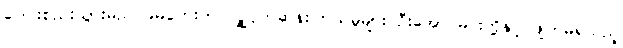
ပေါင်းစည်းသွားမည် ခမ်ဘေးက လျှို့ဝှက်ဆန်းကြယ်မှုများ ဦးအောင်မင်းတို့နှင့် ဖျက်မရသည့်